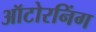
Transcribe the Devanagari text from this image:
ऑटोरनिंग